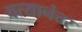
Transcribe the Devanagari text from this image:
वत्यानंतर